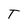
Character: T